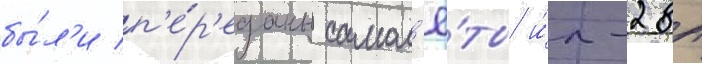
бы́л'и п'е́р'еданы самол'ё́ты и́л-28п